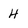
Character: H